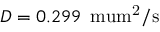
D = 0 . 2 9 9 \, \mathrm { { \ m u m ^ { 2 } / s } }